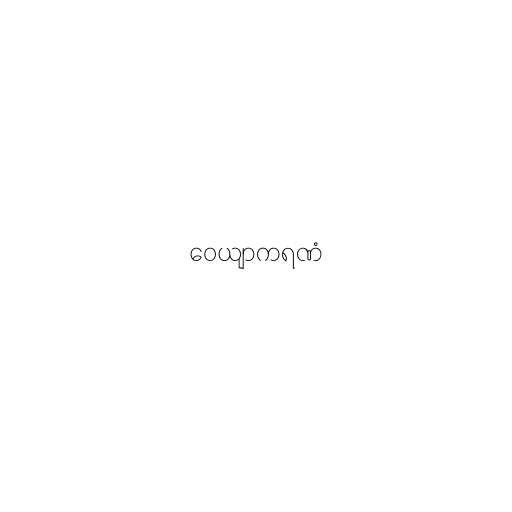
ဝေယျာကရဏံ